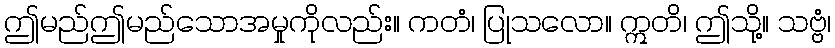
ဤမည်ဤမည်သောအမှုကိုလည်း။ ကတံ၊ ပြုသလော။ ဣတိ၊ ဤသို့။ သဗ္ဗံ၊